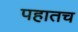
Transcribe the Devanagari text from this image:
पहातच